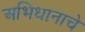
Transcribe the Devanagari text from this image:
अभिधानाचे